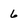
Character: 6